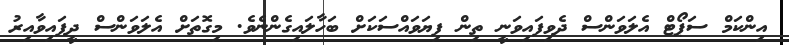
އިންކަމް ސަޕޯޓް އެލަވަންސް ދެވިފައިވަނީ ތިން ފިޔަވައްސަކަށް ބަހާލައިގެންނެވެ. މިގޮތަށް އެލަވަންސް ދީފައިވާއިރު